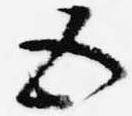
五